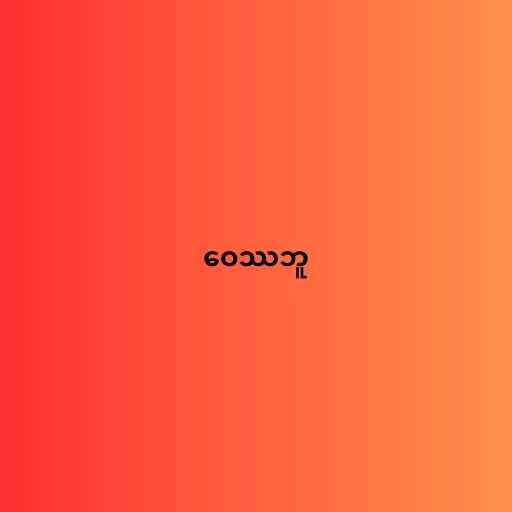
ဝေဿဘူ